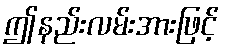
ဤနည်းလမ်းအားဖြင့်